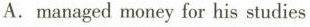
A.managed money fur his studies